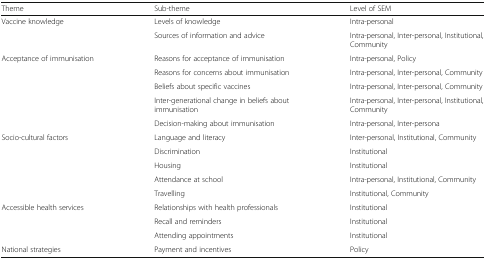
<table><thead><tr><td><b>Theme</b></td><td><b>Sub-theme</b></td><td><b>Level of SEM</b></td></tr></thead><tbody><tr><td rowspan="2">Vaccine knowledge</td><td>Levels of knowledge</td><td>Intra-personal</td></tr><tr><td>Sources of information and advice</td><td>Intra-personal, Inter-personal, Institutional, Community</td></tr><tr><td rowspan="5">Acceptance of immunisation</td><td>Reasons for acceptance of immunisation</td><td>Intra-personal, Policy</td></tr><tr><td>Reasons for concerns about immunisation</td><td>Intra-personal, Inter-personal, Community</td></tr><tr><td>Beliefs about specific vaccines</td><td>Intra-personal, Inter-personal, Community</td></tr><tr><td>Inter-generational change in beliefs about immunisation</td><td>Intra-personal, Inter-personal, Institutional, Community</td></tr><tr><td>Decision-making about immunisation</td><td>Intra-personal, Inter-persona</td></tr><tr><td rowspan="5">Socio-cultural factors</td><td>Language and literacy</td><td>Inter-personal, Institutional, Community</td></tr><tr><td>Discrimination</td><td>Institutional</td></tr><tr><td>Housing</td><td>Institutional</td></tr><tr><td>Attendance at school</td><td>Intra-personal, Institutional, Community</td></tr><tr><td>Travelling</td><td>Institutional, Community</td></tr><tr><td rowspan="3">Accessible health services</td><td>Relationships with health professionals</td><td>Institutional</td></tr><tr><td>Recall and reminders</td><td>Institutional</td></tr><tr><td>Attending appointments</td><td>Institutional</td></tr><tr><td>National strategies</td><td>Payment and incentives</td><td>Policy</td></tr></tbody></table>